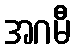
အဂမီ